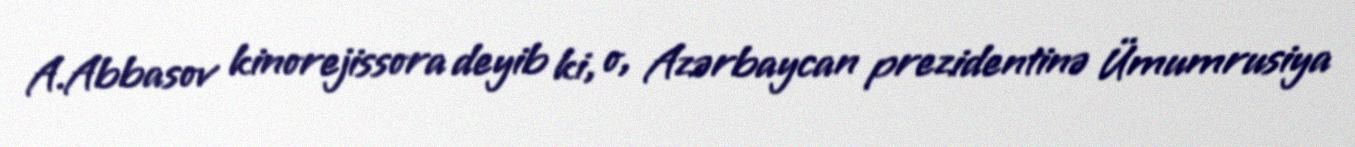
A.Abbasov kinorejissora deyib ki, o, Azərbaycan prezidentinə Ümumrusiya